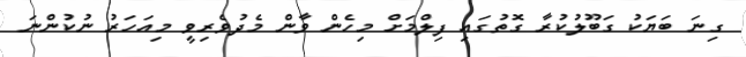
ގިނަ ބަޔަކު ގަބޫލުކުރާ ގޮތުގައި ފިލްމަށް މިހެން ވާން މެދުވެރިވީ މިއަހަރު ނުކުންނަ